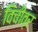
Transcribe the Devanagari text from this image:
विचीत्र